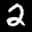
Label: 2